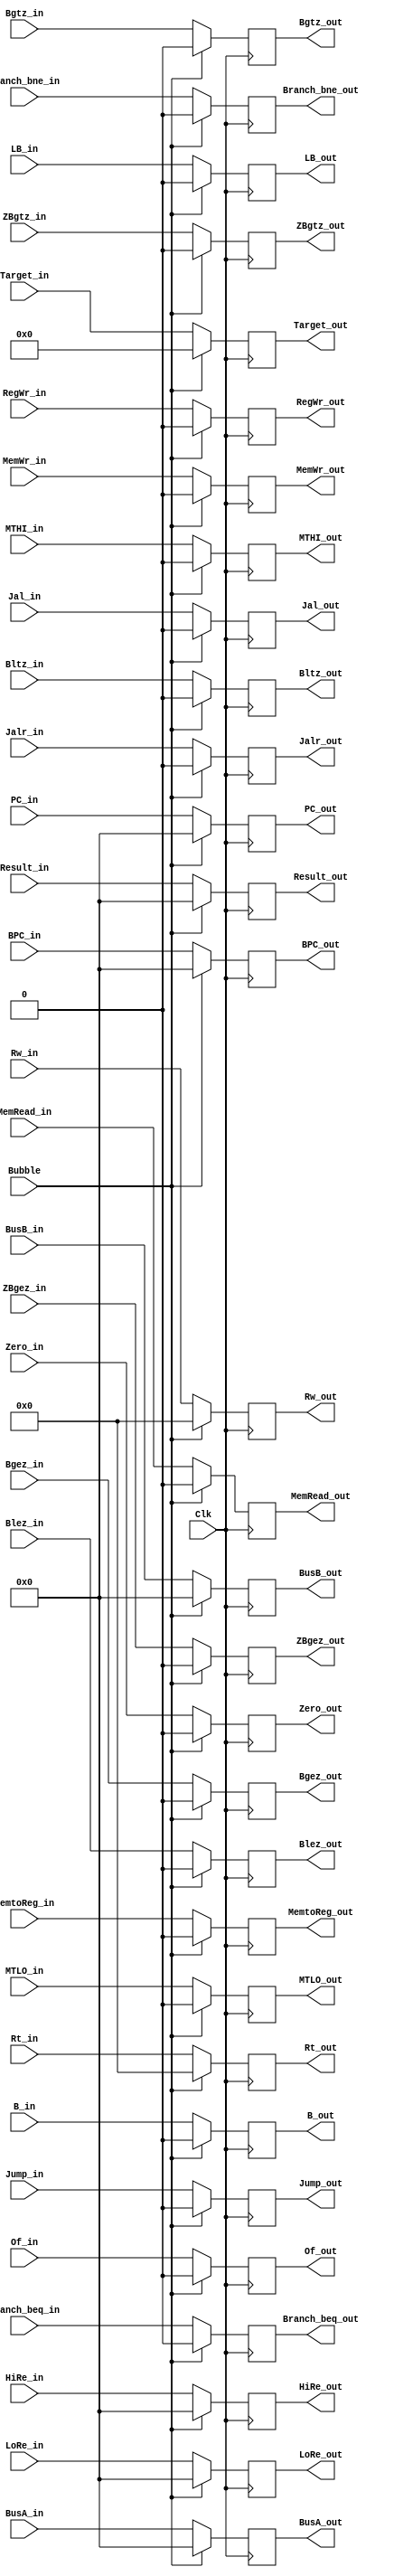
//
module EXMEMReg(
	input Clk,
	input Bubble,
	input Branch_beq_in,										//
	input Branch_bne_in,
	input Jump_in,
	input MemtoReg_in,
	input RegWr_in,
	input MemWr_in,
	input MemRead_in,
	input Bgez_in,
	input Bgtz_in,
	input Blez_in,
	input Bltz_in,
	input Jalr_in,
	input Jal_in,
	input B_in,
	input LB_in,
	input Zero_in,
	input Of_in,
	input ZBgtz_in,
	input ZBgez_in,
	input MTLO_in,
	input MTHI_in,
	input [31:0] BPC_in,
	input [31:0] Result_in,
	input [31:0] BusA_in,
	input [31:0] BusB_in,
	input [4:0] Rw_in,
	input [25:0] Target_in,
	input [4:0]	Rt_in,
	input [31:0] PC_in,
	input [31:0] LoRe_in,
	input [31:0] HiRe_in,
	
	output reg Branch_beq_out,										//
	output reg Branch_bne_out,
	output reg Jump_out,
	output reg MemtoReg_out,
	output reg RegWr_out,
	output reg MemWr_out,
	output reg MemRead_out,
	output reg Bgez_out,
	output reg Bgtz_out,
	output reg Blez_out,
	output reg Bltz_out,
	output reg Jalr_out,
	output reg Jal_out,
	output reg B_out,
	output reg LB_out,
	output reg Zero_out,
	output reg Of_out,
	output reg ZBgtz_out,
	output reg ZBgez_out,
	output reg MTLO_out,
	output reg MTHI_out,
	output reg [31:0] PC_out,
	output reg [31:0] BPC_out,
	output reg [31:0] Result_out,
	output reg [31:0] BusA_out,
	output reg [31:0] BusB_out,
	output reg [4:0] Rw_out,
	output reg [25:0] Target_out,
	output reg [4:0] Rt_out,
	output reg [31:0] LoRe_out,
	output reg [31:0] HiRe_out
);

//
initial begin
	BPC_out<=0;
	Target_out<=0;
	BusA_out<=0;
	BusB_out<=0;
	Rt_out<=0;
	Rw_out<=0;																						
	Branch_beq_out<=0;										
	Branch_bne_out<=0;
	Jump_out<=0;
	MemtoReg_out<=0;
	RegWr_out<=0;
	MemWr_out<=0;
	MemRead_out<=0;
	Bgez_out<=0;
	Bgtz_out<=0;
	Blez_out<=0;
	Bltz_out<=0;
	Jalr_out<=0;
	Jal_out<=0;
	B_out<=0;
	LB_out<=0;
	ZBgez_out<=0;
	ZBgtz_out<=0;
	Zero_out<=0;
	Of_out<=0;
	Result_out<=0;
	PC_out<=0;
	MTLO_out<=0;
	MTHI_out<=0;
	LoRe_out<=0;
	HiRe_out<=0;
end

always@(posedge Clk)begin
	if(Bubble==1) begin
		BPC_out<=0;
		Target_out<=0;
		BusA_out<=0;
		BusB_out<=0;
		Rt_out<=0;
		Rw_out<=0;																						
		Branch_beq_out<=0;										
		Branch_bne_out<=0;
		Jump_out<=0;
		MemtoReg_out<=0;
		RegWr_out<=0;
		MemWr_out<=0;
		MemRead_out<=0;
		Bgez_out<=0;
		Bgtz_out<=0;
		Blez_out<=0;
		Bltz_out<=0;
		Jalr_out<=0;
		Jal_out<=0;
		B_out<=0;
		LB_out<=0;
		ZBgez_out<=0;
		ZBgtz_out<=0;
		Zero_out<=0;
		Of_out<=0;
		Result_out<=0;
		PC_out<=0;
		MTLO_out<=0;
		MTHI_out<=0;
		LoRe_out<=0;
		HiRe_out<=0;
	end
	else begin
		BPC_out<=BPC_in;
		Target_out<=Target_in;
		BusA_out<=BusA_in;
		BusB_out<=BusB_in;
		Rt_out<=Rt_in;
		Rw_out<=Rw_in;																						
		Branch_beq_out<=Branch_beq_in;										
		Branch_bne_out<=Branch_bne_in;
		Jump_out<=Jump_in;
		MemtoReg_out<=MemtoReg_in;
		RegWr_out<=RegWr_in;
		MemWr_out<=MemWr_in;
		MemRead_out<=MemRead_in;
		Bgez_out<=Bgez_in;
		Bgtz_out<=Bgtz_in;
		Blez_out<=Blez_in;
		Bltz_out<=Bltz_in;
		Jalr_out<=Jalr_in;
		Jal_out<=Jal_in;
		B_out<=B_in;
		LB_out<=LB_in;
		ZBgez_out<=ZBgez_in;
		ZBgtz_out<=ZBgtz_in;
		Zero_out<=Zero_in;
		Of_out<=Of_in;
		Result_out<=Result_in;
		PC_out<=PC_in;
		MTLO_out<=MTLO_in;
		MTHI_out<=MTHI_in;
		LoRe_out<=LoRe_in;
		HiRe_out<=HiRe_in;
	end
	
end

endmodule